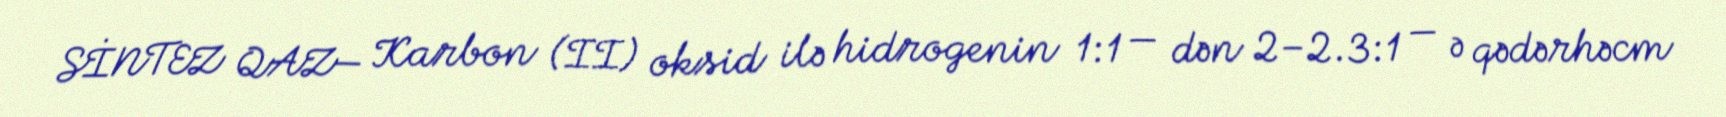
SİNTEZ QAZ— Karbon (II) oksid ilə hidrogenin 1:1 — dən 2–2.3:1 — ə qədərhəcm